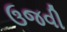
ઉજવી